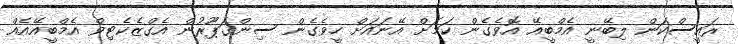
ރައީސްކަން ލިބޭނީ އެމްބީއޭ އޮވެގެން ކަމަށް އޭނައަށް ހީވެގެން ސިންގަޕޫރުން އެގްޒެކެޓިވް އެމްބީއޭއެއް